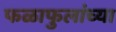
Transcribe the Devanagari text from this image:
फळाफुलांच्या